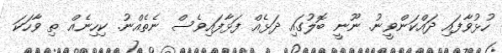
ހުޅުވާފައި ދައްކަންވީނު. ނޫނީ ބޮލުގައި ދަޅެއް ފަޅާފައިވެސް ނެތެއްނު. ކިހިނެއް ތި ވާހަކަ